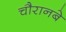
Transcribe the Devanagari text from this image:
चौरानबे